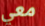
معي